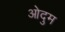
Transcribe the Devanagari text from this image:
ओदुम